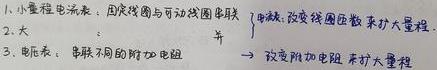
1. 小量程电流表，因线圈与可动线圈串联$\left\{\begin{array}{l}\text{电极:改变线圈匝数来扩大量程}\\ \text{2. 电压表，串联不同的附加电阻}\end{array}\right.$→改变附加电阻来扩大量程